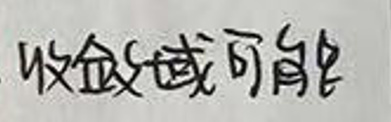
收益或可能